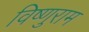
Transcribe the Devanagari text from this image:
विष्णुराम